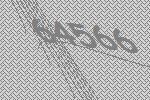
64566